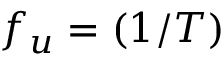
f _ { u } = ( 1 / T )